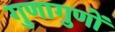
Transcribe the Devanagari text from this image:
गुणागुणों